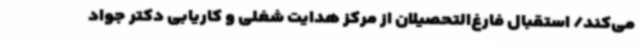
می‌کند/ استقبال فارغ‌التحصیلان از مرکز هدایت شغلی و کاریابی دکتر جواد